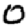
Digit: 0